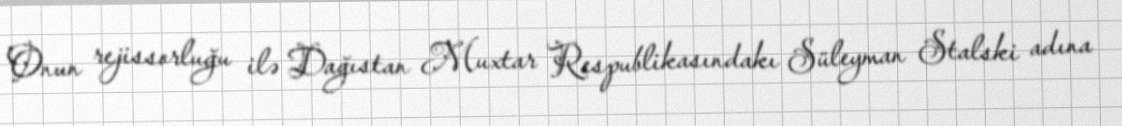
Onun rejissorluğu ilə Dağıstan Muxtar Respublikasındakı Süleyman Stalski adına